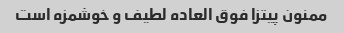
ممنون پیتزا فوق العاده لطیف و خوشمزه است